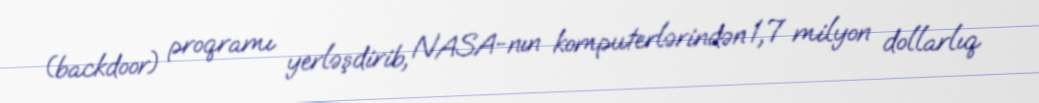
(backdoor) proqramı yerləşdirib, NASA-nın komputerlərindən 1,7 milyon dollarlıq